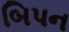
બિપન